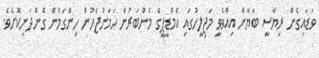
ވަޑައިގެން ރިޔާސީ ބަޔާން އިއްވެވީ މަޖިލީހުގައި އެމްޑީޕީގެ މެންބަރުން ހަމަނުޖެހުން ހިންގަމުން ގެންދަނިކޮށެވެ.